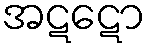
အဋဋော